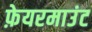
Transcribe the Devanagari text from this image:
फ़ेयरमाउंट